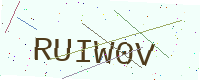
Text: RUIW0V